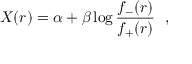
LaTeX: X ( r ) = \alpha + \beta \log \frac { f _ { - } ( r ) } { f _ { + } ( r ) } ~ ~ ,